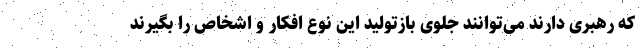
که رهبری دارند می‌توانند جلوی بازتولید این نوع افکار و اشخاص را بگیرند